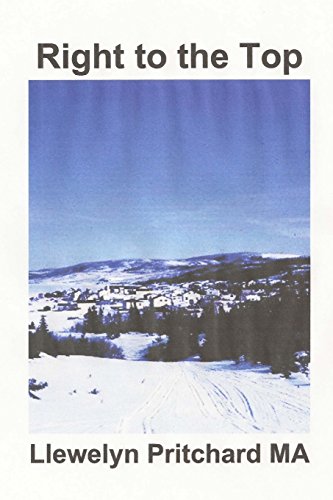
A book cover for Right to the Top: "Wrigglesworth Grupa truaillithe aghaidh leis an rabhadh" (Port Hope Simpson Mysteries) (Volume 7) (Irish Edition); Llewelyn Pritchard MA; Teen & Young Adult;